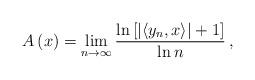
LaTeX: \begin{align*}A\left( x\right) =\lim_{n\rightarrow\infty}\frac{\ln\left[ \left\vert\left\langle y_{n},x\right\rangle \right\vert +1\right] }{\ln n}\,,\end{align*}